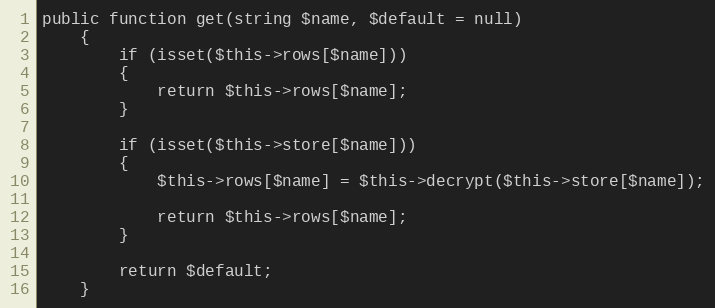
Language: PHP
public function get(string $name, $default = null)
    {
        if (isset($this->rows[$name]))
        {
            return $this->rows[$name];
        }

        if (isset($this->store[$name]))
        {
            $this->rows[$name] = $this->decrypt($this->store[$name]);

            return $this->rows[$name];
        }

        return $default;
    }